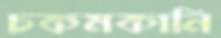
চকমকানি